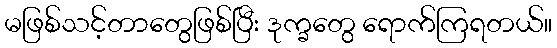
မဖြစ်သင့်တာတွေဖြစ်ပြီး ဒုက္ခတွေ ရောက်ကြရတယ်။